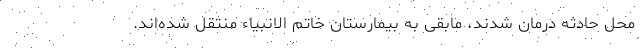
محل حادثه درمان شدند، مابقی به بیمارستان خاتم الانبیاء منتقل شده‌اند.